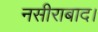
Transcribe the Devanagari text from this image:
नसीराबाद।